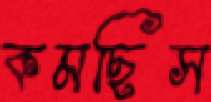
কমছিস